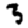
Digit: 3